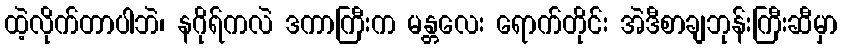
ထဲ့လိုက်တာပါဘဲ၊ နဂိုရ်ကလဲ ဒကာကြီးက မန္တလေး ရောက်တိုင်း အဲဒီစာချဘုန်းကြီးဆီမှာ